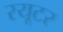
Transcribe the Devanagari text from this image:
रयूटर